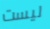
ليست